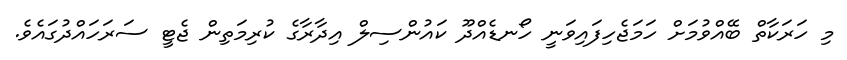
މި ހަރަކާތް ބޭއްވުމަށް ހަމަޖެހިފައިވަނީ ހޯނޑެއްދޫ ކައުންސިލް އިދާރާގެ ކުރިމަތިން ޖެޓީ ސަރަހައްދުގައެވެ.